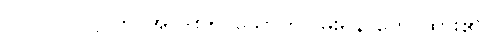
ပါ-၁၀၇၊ ဋ္ဌ-တ-အုပ်-၈၅၊ သောကငြိမ်းရန် ဟောထား၏။